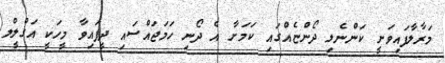
މަރާލާފައިވަނީ ކަންނެލި ދޯންޏެއްގައި ކަމަށާ އެ ދޯނި ހަމަޖައްސައި ދީފައިވާ މީހަކީ އަގްލީލް